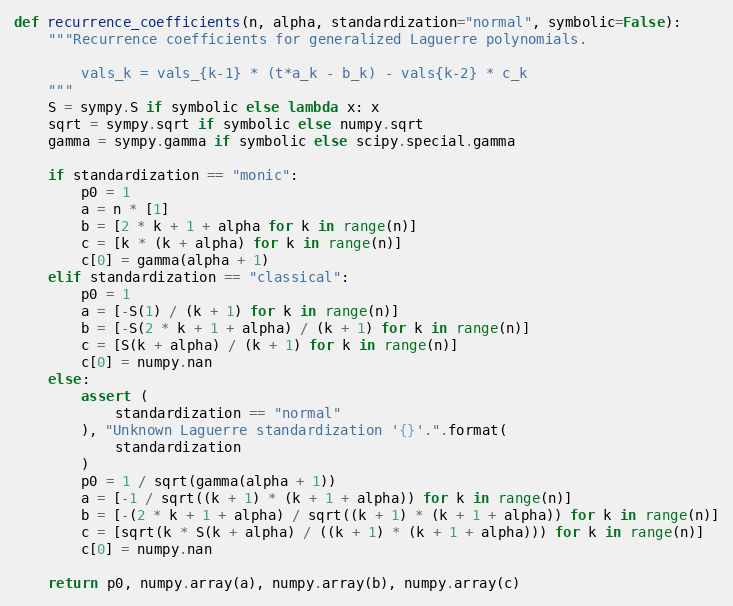
Language: Python
def recurrence_coefficients(n, alpha, standardization="normal", symbolic=False):
    """Recurrence coefficients for generalized Laguerre polynomials.

        vals_k = vals_{k-1} * (t*a_k - b_k) - vals{k-2} * c_k
    """
    S = sympy.S if symbolic else lambda x: x
    sqrt = sympy.sqrt if symbolic else numpy.sqrt
    gamma = sympy.gamma if symbolic else scipy.special.gamma

    if standardization == "monic":
        p0 = 1
        a = n * [1]
        b = [2 * k + 1 + alpha for k in range(n)]
        c = [k * (k + alpha) for k in range(n)]
        c[0] = gamma(alpha + 1)
    elif standardization == "classical":
        p0 = 1
        a = [-S(1) / (k + 1) for k in range(n)]
        b = [-S(2 * k + 1 + alpha) / (k + 1) for k in range(n)]
        c = [S(k + alpha) / (k + 1) for k in range(n)]
        c[0] = numpy.nan
    else:
        assert (
            standardization == "normal"
        ), "Unknown Laguerre standardization '{}'.".format(
            standardization
        )
        p0 = 1 / sqrt(gamma(alpha + 1))
        a = [-1 / sqrt((k + 1) * (k + 1 + alpha)) for k in range(n)]
        b = [-(2 * k + 1 + alpha) / sqrt((k + 1) * (k + 1 + alpha)) for k in range(n)]
        c = [sqrt(k * S(k + alpha) / ((k + 1) * (k + 1 + alpha))) for k in range(n)]
        c[0] = numpy.nan

    return p0, numpy.array(a), numpy.array(b), numpy.array(c)